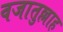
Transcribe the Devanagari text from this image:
वजातुल्लाह